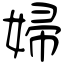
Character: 婦